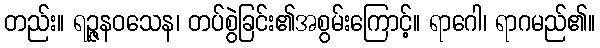
တည်း။ ရဉ္ဇနဝသေန၊ တပ်စွဲခြင်း၏အစွမ်းကြောင့်။ ရာဂေါ၊ ရာဂမည်၏။